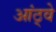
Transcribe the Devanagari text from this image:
आंठ्वे